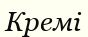
Кремі